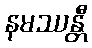
နမဿန္တီ